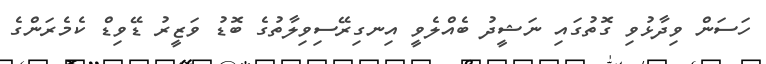
ހަސަން ވިދާޅުވި ގޮތުގައި ނަޝީދު ބެއްލެވީ އިނގިރޭސިވިލާތުގެ ބޮޑު ވަޒީރު ޑޭވިޑް ކެމެރަންގެ